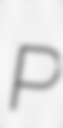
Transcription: P